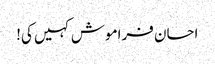
احسان فراموش کہیں کی!